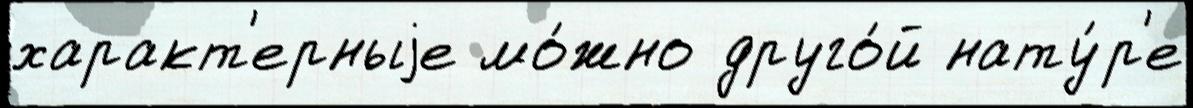
характ'ерныjе мо́жно друго́й нату́р'е